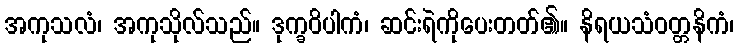
အကုသလံ၊ အကုသိုလ်သည်။ ဒုက္ခဝိပါကံ၊ ဆင်းရဲကိုပေးတတ်၏။ နိရယသံဝတ္တနိကံ၊